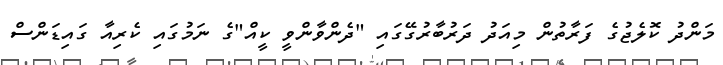
މަންދު ކޮލެޖުގެ ފަރާތުން މިއަދު ދަރުބާރުގޭގައި "ދެންވާންވީ ކީއް"ގެ ނަމުގައި ކެރިއާ ގައިޑަންސް